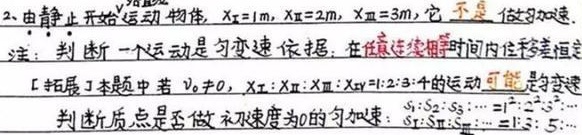
2. 由静止开始运动物体，\(x_{Ⅰ}=1m\)，\(x_{Ⅱ}=2m\)，\(x_{Ⅲ}=3m\)，它不是做匀加速。

注：判断一个运动是匀变速依据：在任意连续相等时间内位移差恒定。

[拓展]本题中若\(v_{0}\neq0\)，\(x_{Ⅰ}:x_{Ⅱ}:x_{Ⅲ}:x_{Ⅳ}=1:2:3:4\)的运动可能是匀变速。

判断质点是否做初速度为\(0\)的匀加速：\(s_{1}:s_{2}:s_{3}:\cdots = 1:3:5\cdots\)